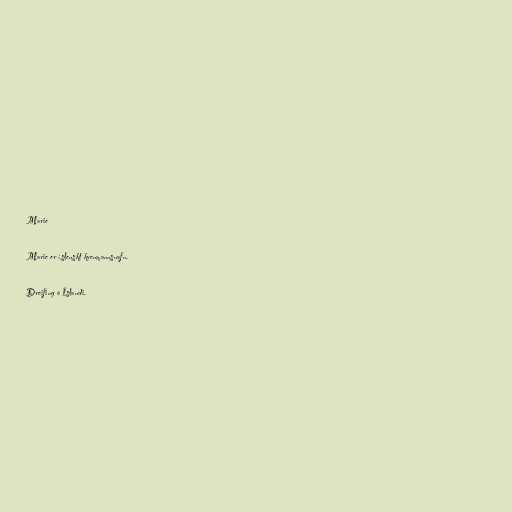
Marie

Marie er íslenskt kvenmannsnafn.

Dreifing á Íslandi.